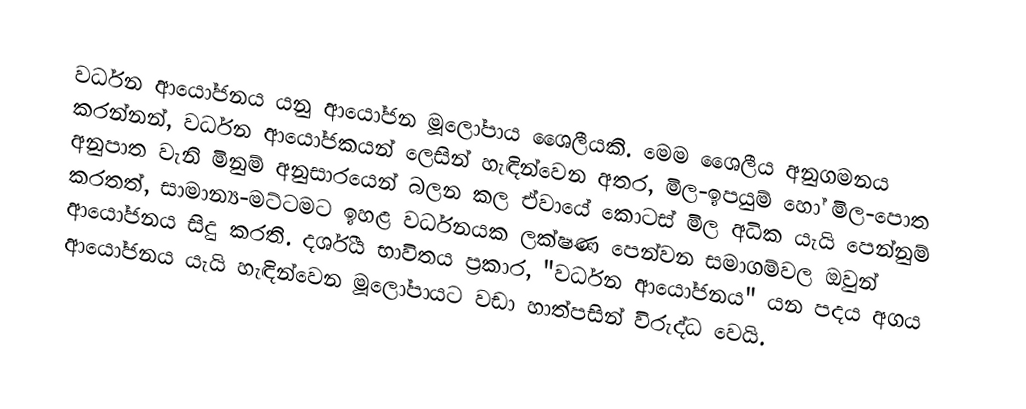
වර්ධන ආයෝජනය යනු  ආයෝජන මූලෝපාය ශෛලීයකි. මෙම ශෛලීය අනුගමනය කරන්නන්, වර්ධන ආයෝජකයන් ලෙසින් හැඳින්වෙන අතර, මිල-ඉපයුම් හෝ මිල-පොත අනුපාත වැනි මිනුම් අනුසාරයෙන් බලන කල  ඒවායේ  කොටස් මිල  අධික යැයි පෙන්නුම් කරතත්,   සාමාන්‍ය-මට්ටමට ඉහළ වර්ධනයක ලක්ෂණ පෙන්වන සමාගම්වල ඔවුන් ආයෝජනය සිදු කරති. දර්ශීය භාවිතය ප්‍රකාර, "වර්ධන ආයෝජනය"  යන පදය අගය ආයෝජනය යැයි හැඳින්වෙන මූලෝපායට වඩා හාත්පසින් විරුද්ධ වෙයි.